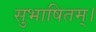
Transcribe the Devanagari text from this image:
सुभाषितम्।